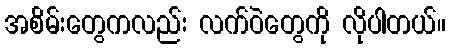
အစိမ်းတွေကလည်း လက်ဝဲတွေကို လိုပါတယ်။